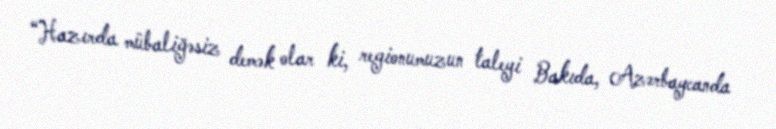
“Hazırda mübaliğəsiz demək olar ki, regionumuzun taleyi Bakıda, Azərbaycanda